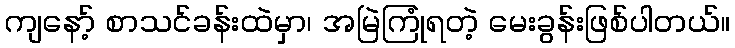
ကျနော့် စာသင်ခန်းထဲမှာ၊ အမြဲကြုံရတဲ့ မေးခွန်းဖြစ်ပါတယ်။